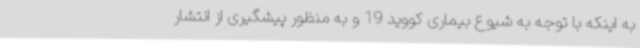
به اینکه با توجه به شیوع بیماری کووید 19 و به منظور پیشگیری از انتشار